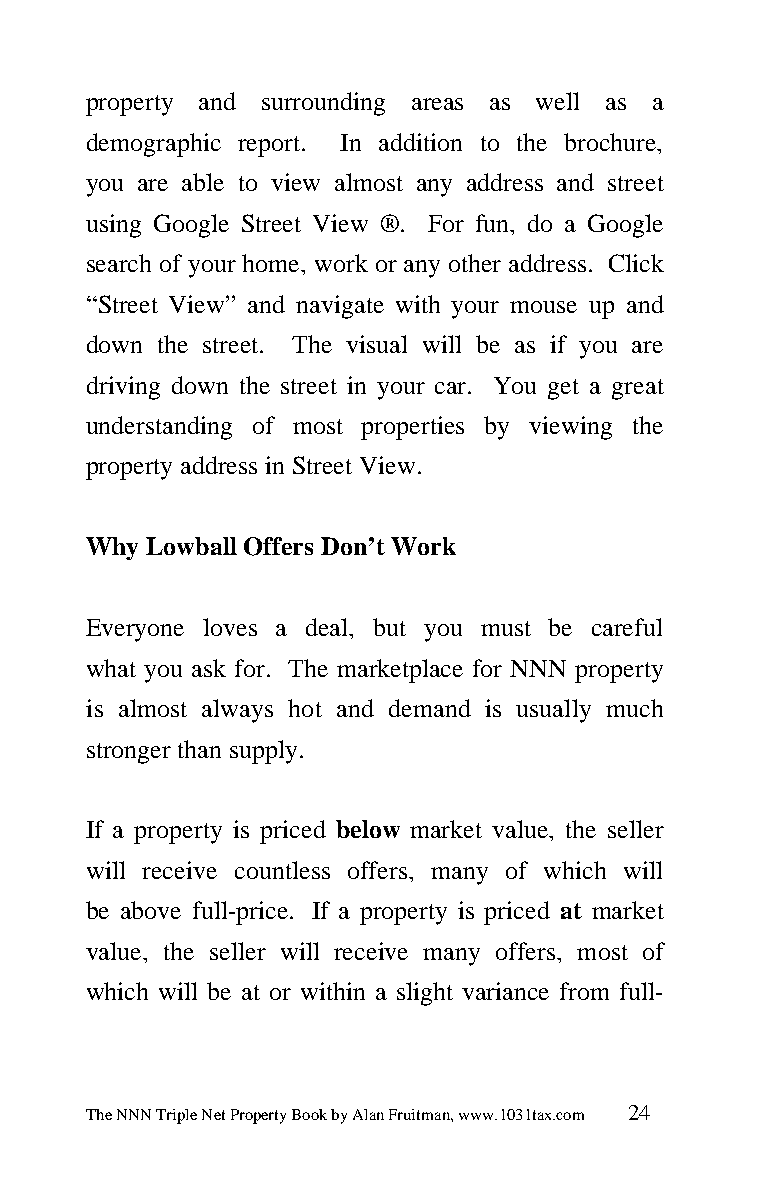
property and surrounding areas as well as a
 demographic report. In addition to the brochure,
 you are able to view almost any address and street
 using Google Street View ®. For fun, do a Google
 search of your home, work or any other address. Click
 “Street View” and navigate with your mouse up and
 down the street. The visual will be as if you are
 driving down the street in your car. You get a great
 understanding of most properties by viewing the
 property address in Street View.
 Why Lowball Offers Don’t Work
 Everyone loves a deal, but you must be careful
 what you ask for. The marketplace for NNN property
 is almost always hot and demand is usually much
 stronger than supply.
 If a property is priced below market value, the seller
 will receive countless offers, many of which will
 be above full-price. If a property is priced at market
 value, the seller will receive many offers, most of
 which will be at or within a slight variance from full-
 The NNN Triple Net Property Book by Alan Fruitman, www.1031tax.com 24